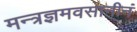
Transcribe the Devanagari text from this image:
मन्त्रज्ञमवसानीनं